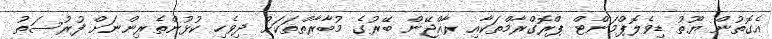
އެގޮތުން ޔޫތު ޑިވެލޮޕްމަންޓް ޕްރޮގްރާމްތަކާއި ރާއްޖޭން ބޭރުގެ މުބާރާތްތަކަށް ދިވެހި ކުޅުންތެރިންނަށް ފުރުސަތު